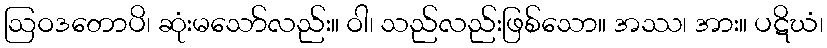
ဩဝဒတောပိ၊ ဆုံးမသော်လည်း။ ဝါ၊ သည်လည်းဖြစ်သော။ အဿ၊ အား။ ပဋိဃံ၊